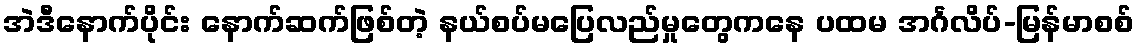
အဲဒီနောက်ပိုင်း နောက်ဆက်ဖြစ်တဲ့ နယ်စပ်မပြေလည်မှုတွေကနေ ပထမ အင်္ဂလိပ်-မြန်မာစစ်